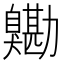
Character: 𦤯